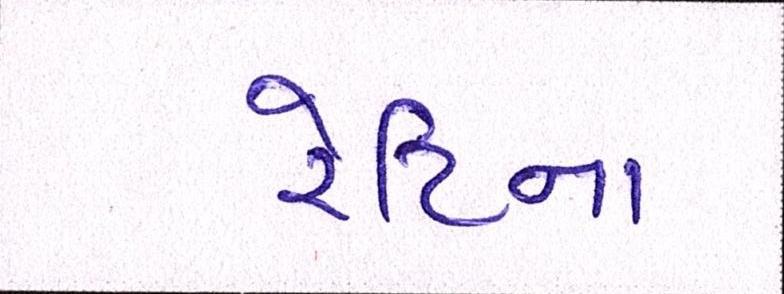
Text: રેટિના